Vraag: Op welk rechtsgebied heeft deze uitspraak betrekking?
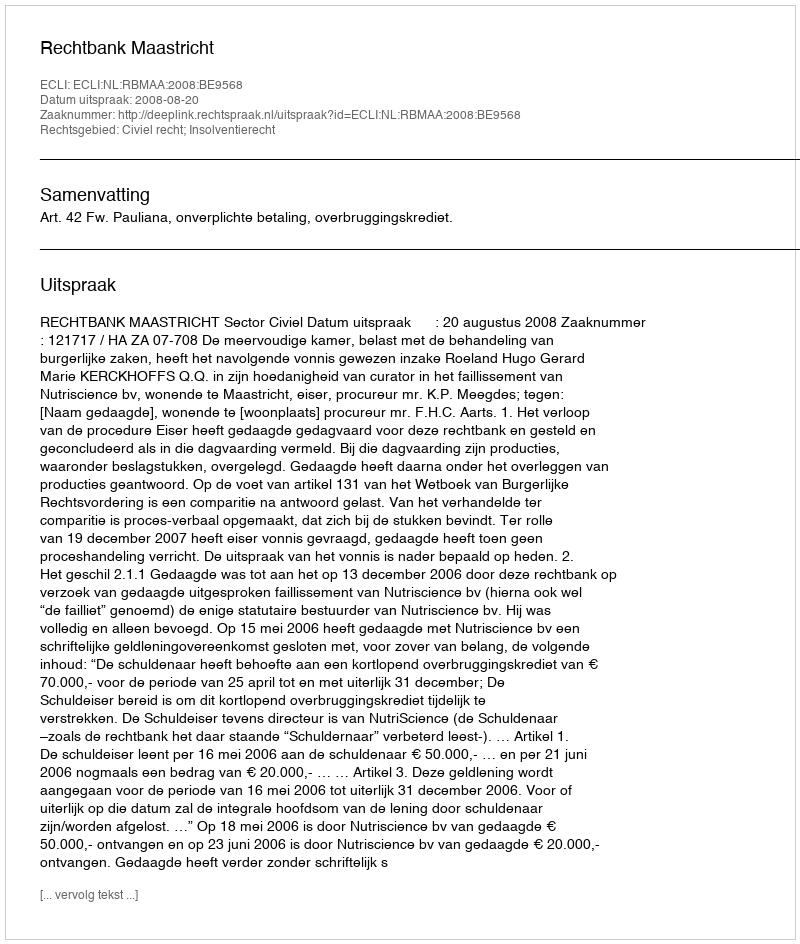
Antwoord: Civiel recht; Insolventierecht